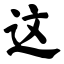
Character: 这